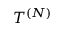
T ^ { ( N ) }